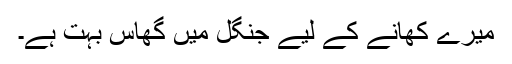
میرے کھانے کے لیے جنگل میں گھاس بہت ہے۔